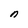
Character: n